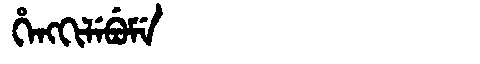
Manchu: ᡥᡝᠩᡴᡳᠯᡝᠪᡠᠮᡝ
Romanization: HENGKILEBUME